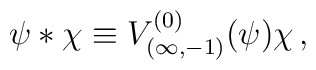
\psi * \chi \equiv V_{(\infty,-1)}^{(0)}(\psi) \chi\,,